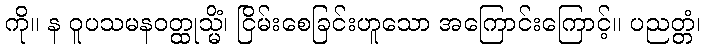
ကို။ န ဝူပသမနဝတ္ထုသ္မိံ၊ ငြိမ်းစေခြင်းဟူသော အကြောင်းကြောင့်။ ပညတ္တံ၊